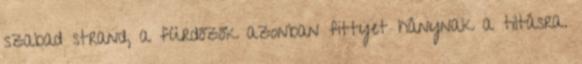
szabad strand, a fürdőzők azonban fittyet hánynak a tiltásra.